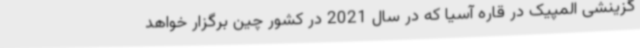
گزینشی المپیک در قاره آسیا که در سال 2021 در کشور چین برگزار خواهد